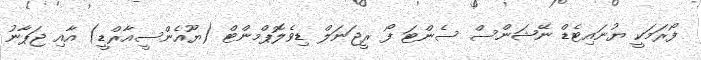
ފޯރަމަކީ ޔުނައިޓެޑް ނޭޝަންސް ސެންޓަ ފޯ ރީޖަނަލް ޑިވެލޮޕްމންޓް (ޔޫއެންސީއާރްޑީ) އާއި ޖަޕާނު